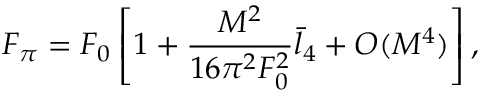
F _ { \pi } = F _ { 0 } \left[ 1 + \frac { M ^ { 2 } } { 1 6 \pi ^ { 2 } F _ { 0 } ^ { 2 } } \bar { l } _ { 4 } + { \cal O } ( M ^ { 4 } ) \right] ,